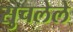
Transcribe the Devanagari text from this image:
सुचलेले